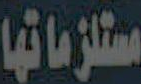
مستلزماتها